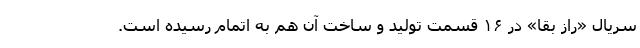
سریال «راز بقا» در ۱۶ قسمت تولید و ساخت آن هم به اتمام رسیده است.